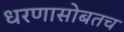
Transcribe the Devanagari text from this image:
धरणासोबतच